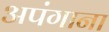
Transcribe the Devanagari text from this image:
अपंगाना